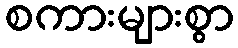
စကားများစွာ